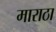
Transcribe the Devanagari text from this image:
माराठा